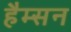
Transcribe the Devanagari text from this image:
हैम्सन